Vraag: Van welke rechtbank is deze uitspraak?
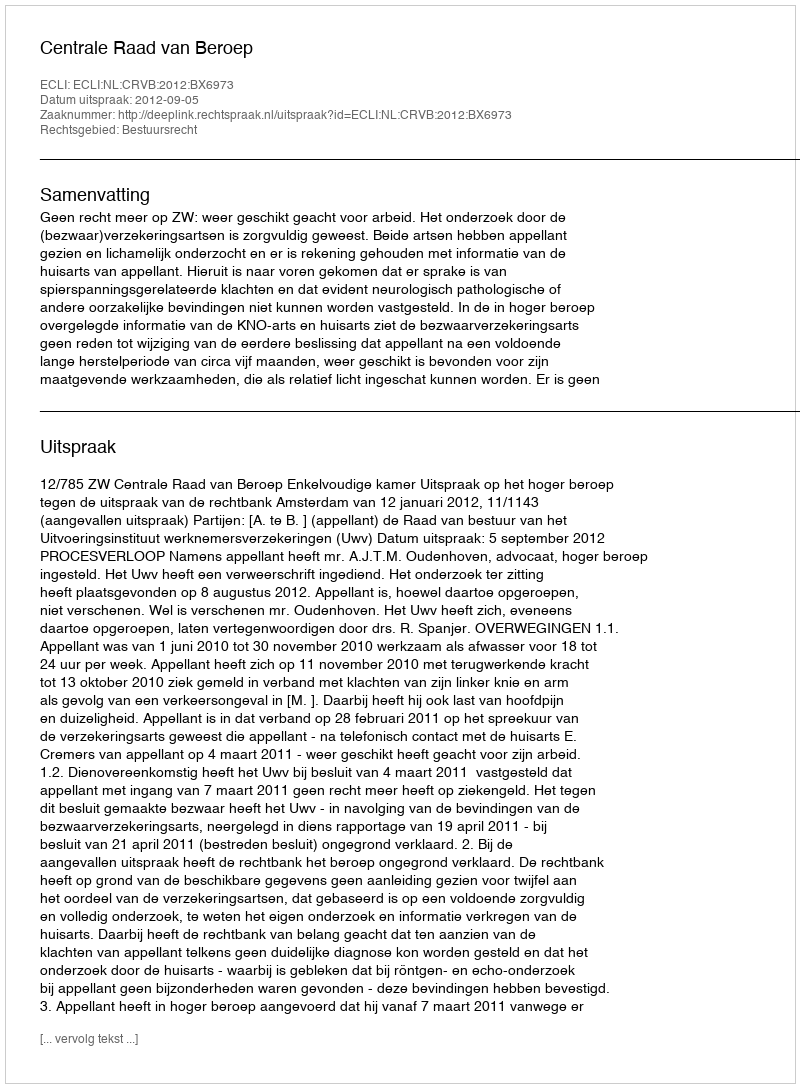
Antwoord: Centrale Raad van Beroep